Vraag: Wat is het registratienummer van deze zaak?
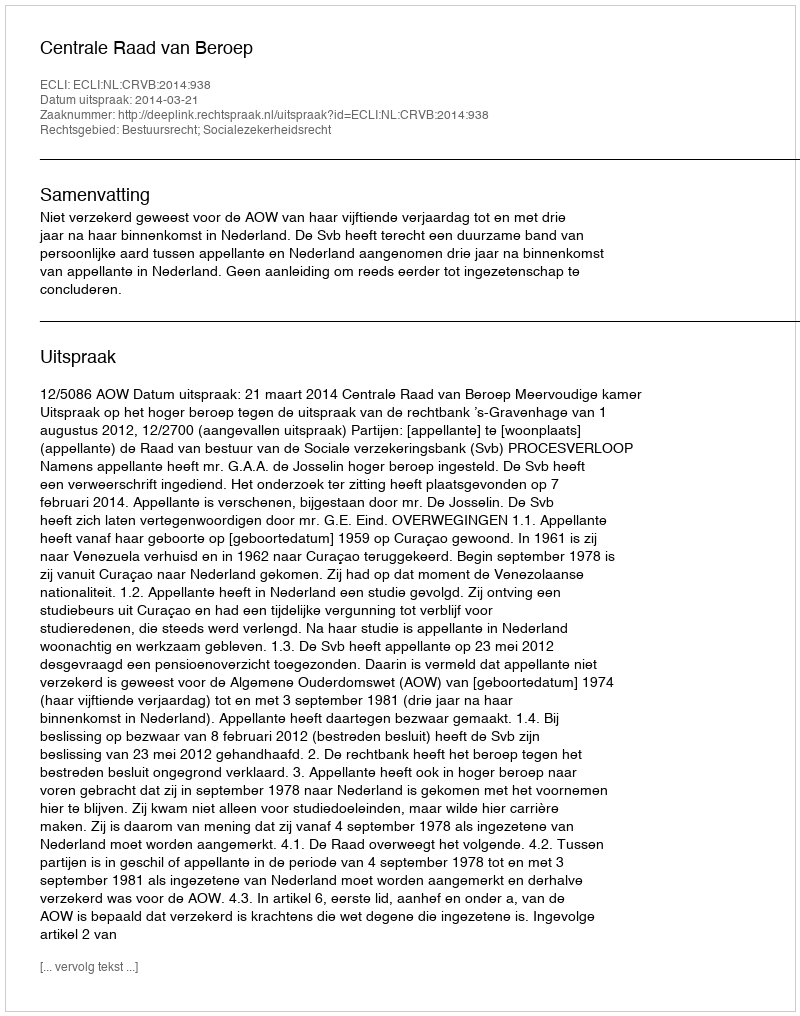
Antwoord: http://deeplink.rechtspraak.nl/uitspraak?id=ECLI:NL:CRVB:2014:938